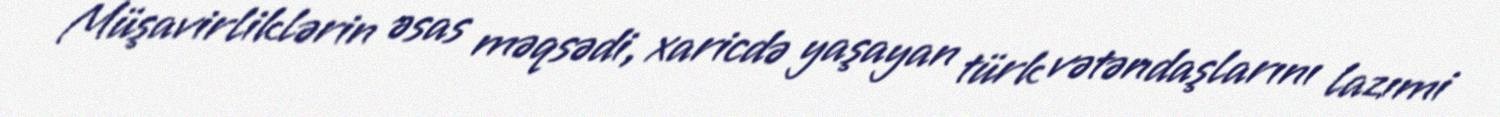
Müşavirliklərin əsas məqsədi, xaricdə yaşayan türk vətəndaşlarını lazımi